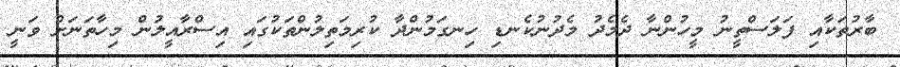
ބާރުތަކާއި ފަލަސްތީނު މީހުންނާ ދެމެދު މެދުނުކެނޑި ހިނގަމުންދާ ކުރިމަތިލުންތަކުގައި އިސްރާއީލުން މިހާތަނަށް ވަނީ